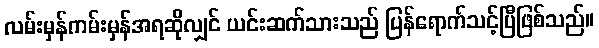
လမ်းမှန်ကမ်းမှန်အရဆိုလျှင် ယင်းဆက်သားသည် ပြန်ရောက်သင့်ပြီဖြစ်သည်။